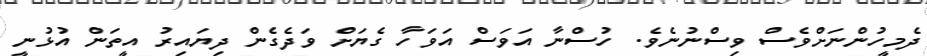
ދެމީހުންނަށްވެސް ވިސްނުނެވެ. ހުސްނާ އަވަސް އަވަހާ ގެޔަށް ވަދެގެން ދިޔައިރު އީތަން އުޅުނީ